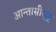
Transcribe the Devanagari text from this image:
आन्तासीद्स्